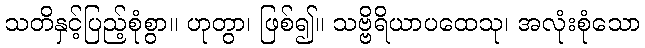
သတိနှင့်ပြည့်စုံစွာ။ ဟုတွာ၊ ဖြစ်၍။ သဗ္ဗိရိယာပထေသု၊ အလုံးစုံသော